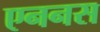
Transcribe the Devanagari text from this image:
एननस